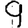
Digit: 9